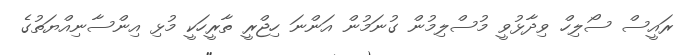
ރައީސް ސޯލިހް ވިދާޅުވީ މުސްލިމުން ގުނަމުން އަންނަ ހިޖްރީ ތާރީހަކީ މުޅި އިންސާނިއްޔަތުގެ